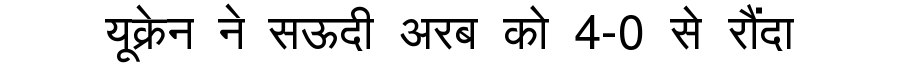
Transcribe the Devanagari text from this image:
यूक्रेन ने सऊदी अरब को 4-0 से रौंदा